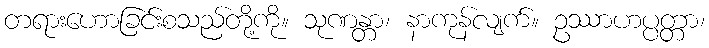
တရားဟောခြင်းစသည်တို့ကို။ သုဏန္တာ၊ နာကုန်လျက်။ ဥဿာဟပ္ပတ္တာ၊